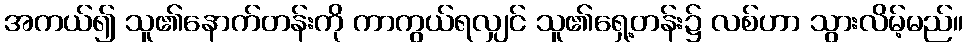
အကယ်၍ သူ၏နောက်တန်းကို ကာကွယ်ရလျှင် သူ၏ရှေ့တန်း၌ လစ်ဟာ သွားလိမ့်မည်။